Sanitation, dispensaries and jails vaccination Rajputana 1922-1927 - 1922-1927
Year: 1922
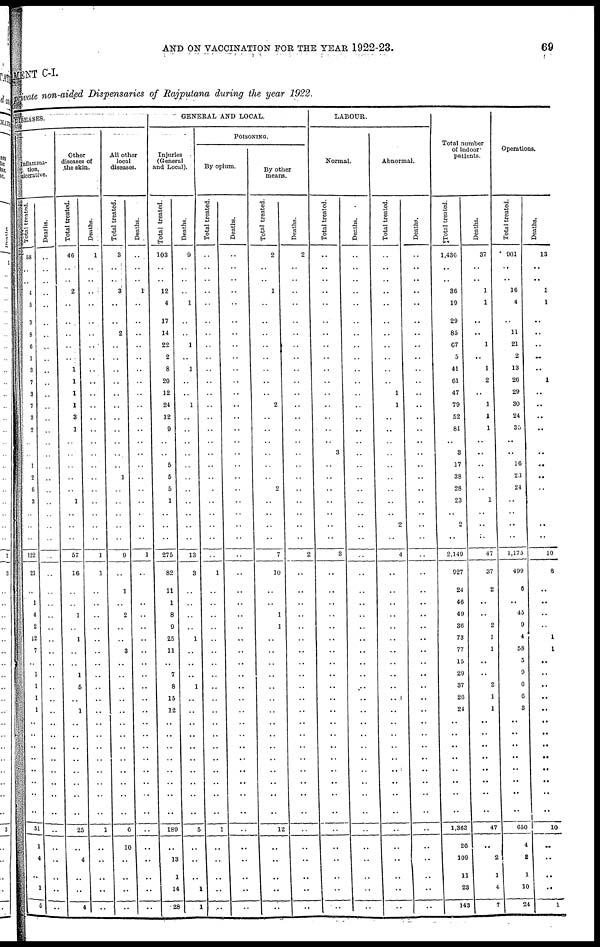
AND ON VACCINATION FOR THE YEAR 1922-23.
69
MENT C-I.
private non-aided Dispensaries of Rajpuiana during the year 1922.
DISEASES.
Inflamma-
tion,
ulcerative.
Total treated.
58
..
..
4
5
3
8
6
1
3
7
3
7
3
2
..
..
1
2
6
3
..
..
..
122
21
..
1
4
2
12
7
..
1
1
1
1
..
..
..
..
..
..
..
..
51
1
4
..
1
5
Deaths.
..
..
..
..
..
..
..
..
..
..
..
..
..
..
..
..
..
..
..
..
..
..
..
..
..
..
..
..
..
..
..
..
..
..
..
..
..
..
..
..
..
..
..
..
..
..
..
..
..
..
..
Other
diseases of
the skin.
Total treated.
46
..
..
2
..
..
..
..
..
1
1
1
1
3
1
..
..
..
..
..
1
..
..
..
57
16
..
..
1
..
1
..
..
1
6
..
1
..
..
..
..
..
..
..
..
25
..
4
..
..
4
Deaths.
1
..
..
..
..
..
..
..
..
..
..
..
..
..
..
..
..
..
..
..
..
..
..
..
1
1
..
..
..
..
..
..
..
..
..
..
..
..
..
..
..
..
..
..
..
1
..
..
..
..
..
All other
local
diseases.
Total treated.
3
..
..
3
..
..
2
..
..
..
..
..
..
..
..
..
..
..
1
..
..
..
..
..
9
..
1
..
2
..
..
3
..
..
..
..
..
..
..
..
..
..
..
..
..
6
10
..
..
..
..
Deaths.
..
..
..
1
..
..
..
..
..
..
..
..
..
..
..
..
..
..
..
..
..
..
..
..
1
..
..
..
..
..
..
..
..
..
..
..
..
..
..
..
..
..
..
..
..
..
..
..
..
..
..
GENERAL AND LOCAL.
Injuries
(General
and Local).
Total treated.
103
..
..
12
4
17
14
22
2
8
20
12
24
12
9
..
..
5
5
5
1
..
..
..
275
82
11
1
8
9
25
11
..
7
8
15
12
..
..
..
..
..
..
..
..
189
..
13
1
14
28
Deaths.
9
..
..
..
1
..
..
1
..
1
..
..
1
..
..
..
..
..
..
..
..
..
..
..
13
3
..
..
..
..
1
..
..
..
1
..
..
..
..
..
..
..
..
..
..
5
..
..
..
1
1
POISONING.
By opium.
Total treated.
..
..
..
..
..
..
..
..
..
..
..
..
..
..
..
..
..
..
..
..
..
..
..
..
..
1
..
..
..
..
..
..
..
..
..
..
..
..
..
..
..
..
..
..
..
1
..
..
..
..
..
Deaths.
..
..
..
..
..
..
..
..
..
..
..
..
..
..
..
..
..
..
..
..
..
..
..
..
..
..
..
..
..
..
..
..
..
..
..
..
..
..
..
..
..
..
..
..
..
..
..
..
..
..
..
By other
means.
Total treated.
2
..
..
1
..
..
..
..
..
..
..
..
2
..
..
..
..
..
..
2
..
..
..
..
7
10
..
..
1
1
..
..
..
..
..
..
..
..
..
..
..
..
..
..
..
12
..
..
..
..
..
Deaths.
2
..
..
..
..
..
..
..
..
..
..
..
..
..
..
..
..
..
..
..
..
..
..
..
2
..
..
..
..
..
..
..
..
..
..
..
..
..
..
..
..
..
..
..
..
..
..
..
..
..
..
LABOUR.
Normal.
Total treated.
..
..
..
..
..
..
..
..
..
..
..
..
..
..
..
..
3
..
..
..
..
..
..
..
3
..
..
..
..
..
..
..
..
..
..
..
..
..
..
..
..
..
..
..
..
..
..
..
..
..
..
Deaths.
..
..
..
..
..
..
..
..
..
..
..
..
..
..
..
..
..
..
..
..
..
..
..
..
..
..
..
..
..
..
..
..
..
..
..
..
..
..
..
..
..
..
..
..
..
..
..
..
..
..
..
Abnormal.
Total treated.
..
..
..
..
..
....
..
..
..
..
..
1
1
..
..
..
..
..
..
..
..
..
2
..
4
..
..
..
..
..
..
..
..
..
..
..
..
..
..
..
..
..
..
..
..
..
..
..
..
..
..
Deaths.
..
..
..
..
..
..
..
..
..
..
..
..
..
..
..
..
..
..
..
..
..
..
..
..
..
..
..
..
..
..
..
..
..
..
..
..
..
..
..
..
..
..
..
..
..
..
..
..
..
..
..
Total number
of indoor
patients.
Total treated.
1,436
..
..
36
19
29
85
67
5
41
61
47
79
52
81
..
3
17
38
28
23
..
2
..
2,149
927
24
46
49
36
73
77
15
29
37
20
24
..
..
..
..
..
..
..
..
1,363
26
109
11
23
143
Deaths.
37
..
..
1
1
..
..
1
..
1
2
..
1
1
1
..
..
..
..
..
1
..
..
..
47
37
2
..
..
2
1
1
..
..
2
1
1
..
..
..
..
..
..
..
..
47
..
2
1
4
7
Operations.
Total treated.
901
..
..
16
4
..
11
21
2
13
26
29
30
24
35
..
..
16
23
24
..
..
..
..
1,175
499
6
..
45
9
4
58
5
9
6
6
3
..
..
..
..
..
..
..
..
650
4
3
1
10
24
Deaths.
13
..
..
1
1
..
..
..
..
..
1
..
..
..
..
..
..
..
..
..
..
..
..
..
10
8
..
..
..
..
1
1
..
..
..
..
..
..
..
..
..
..
..
..
..
10
..
..
..
..
1